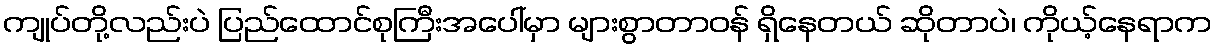
ကျုပ်တို့လည်းပဲ ပြည်ထောင်စုကြီးအပေါ်မှာ များစွာတာဝန် ရှိနေတယ် ဆိုတာပဲ၊ ကိုယ့်နေရာက